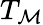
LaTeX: T_{\mathcal{M}}